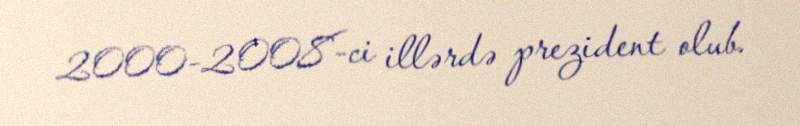
2000-2008-ci illərdə prezident olub.